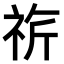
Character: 𥙚